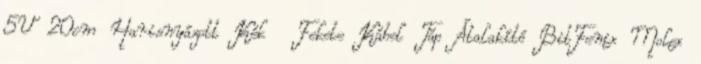
5V 20cm Harisnyázott Kék Fekete Kábel Táp Átalakító BitFenix Molex